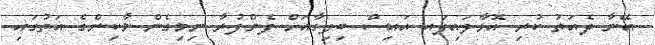
އޭނާ ދެއަތު ކުރި އޮޅާލައިފައ އައިސް ބިލިގާއަށް ފެންފުރާ ނިމިގެން މާކިންގެ އަތުގައި